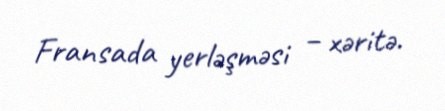
Fransada yerləşməsi – xəritə.